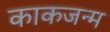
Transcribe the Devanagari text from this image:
काकजन्म